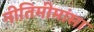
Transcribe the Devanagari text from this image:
नीतिमीमांसा